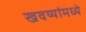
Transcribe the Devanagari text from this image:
खवय्यांमध्ये